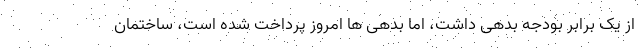
از یک برابر بودجه بدهی داشت، اما بدهی ها امروز پرداخت شده است، ساختمان